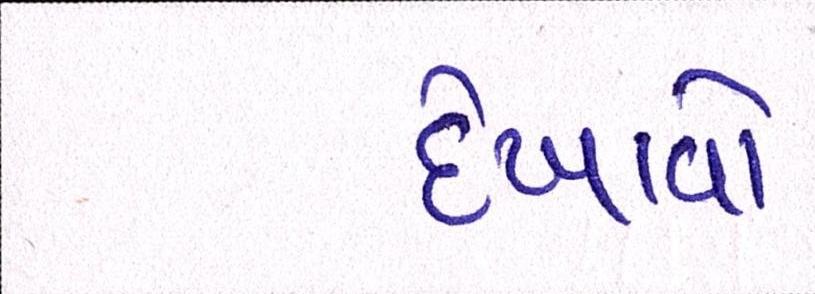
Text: દેખાવો